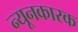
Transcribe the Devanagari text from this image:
न्यूनकारक